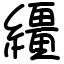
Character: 繮